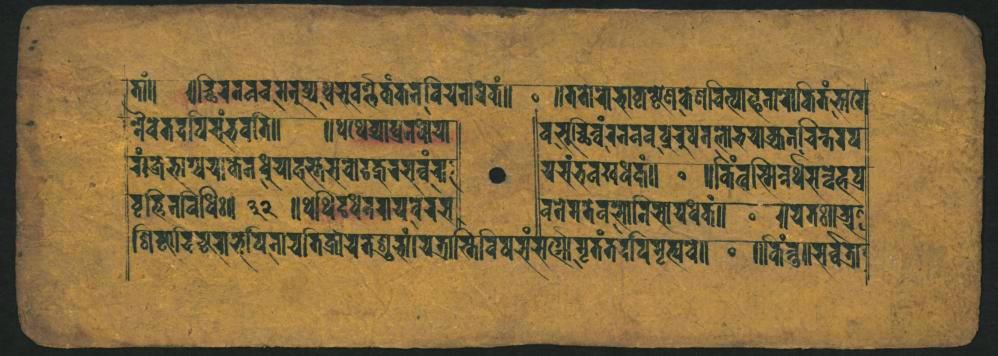
𑐟𑐵𑑄𑑌 𑐣𑐿𑐰𑐾𑐟𑐡𑐥𑐶𑐳𑑄𑐨𑐰𑐟𑐶𑑌 𑐬𑑄𑑋𑐖𑐨𑐵𑐐𑑂𑐧𑐫𑐎𑐾𑐣𑐢𑐹𑐫𑐵𑐴𑐳𑑂𑐟𑐳𑐰𑑂𑐰𑑀𑐡𑐎𑑂𑐎𑐸𑐬𑐳𑐬𑑂𑐰𑑂𑐰𑐨𑐸 𑐰𑐺𑐟𑑂𑐚𑐶𑐣𑐰𑐶𑐢𑐶𑑅𑑋~ 𑐞𑐶𑐎𑐵𑐡𑐶𑐲𑑂𑐚𑐳𑐨𑐵𑐥𑐶𑐣𑐵𑐫𑐟𑐶𑐥𑑂𑐬𑐵𑐫𑐡𑐟𑑂𑐬𑐸𑐳𑐷𑑄𑐫𑐟𑑂𑐬𑐵𑐳𑑂𑐟𑐶𑐰𑐶𑐲𑐫𑑄𑐳𑐟𑑂𑐫𑐵𑐩𑐺𑐟𑑄𑐟𑐡𑐥𑐶𑐐𑐸𑐲𑑂𑐫𑐧𑑀